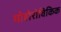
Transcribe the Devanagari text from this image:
मोहोरोविकिक